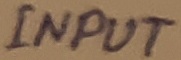
Text: INPUT